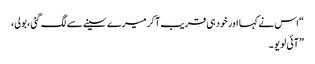
“ اس نے کہا اور خودہی قریب آکر میرے سینے سے لگ گئی ،بولی،
” آئی لو یو ۔